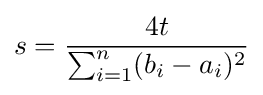
s={\frac {4t}{\sum _{i=1}^{n}(b_{i}-a_{i})^{2}}}